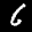
Label: 6